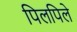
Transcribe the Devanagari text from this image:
पिलपिले